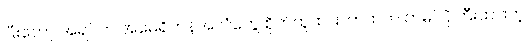
ပြီးတော့ အရင်က အမေရိကန်အလံတွေ စိုက်ထူထားတာထက် တမင်ပိုကြီးထားတဲ့